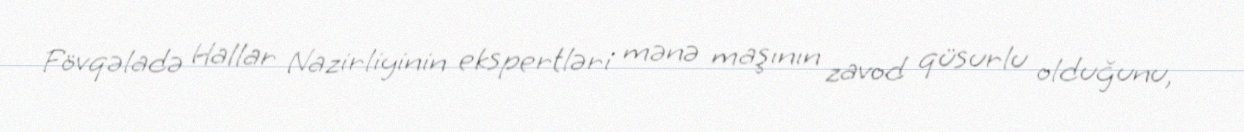
Fövqəladə Hallar Nazirliyinin ekspertləri mənə maşının zavod qüsurlu olduğunu,